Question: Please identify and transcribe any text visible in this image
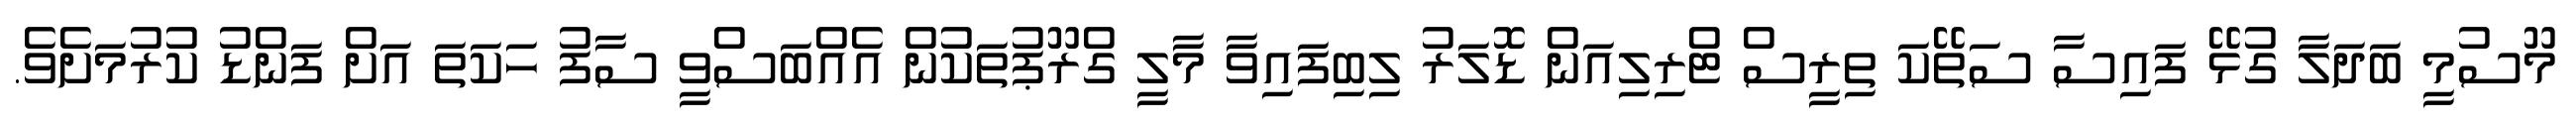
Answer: މޫސުމީ ބަދަލާ ގުޅޭ ފައިސާ ސަތޭކަ ތިރީސް ޓްރިލިއަން ޑޮލަރު ލިބިފައިވާ މާލީ ގްރޫޕުތަކުން އެއްބަސްވީ ސާފު ހަކަތަ އަށް ފަންޑު ކުރުމަށެވެ.